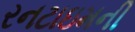
રનટાઇમની